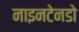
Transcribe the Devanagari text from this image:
नाइनटेनडो